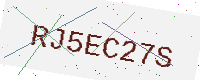
Text: RJ5EC27S